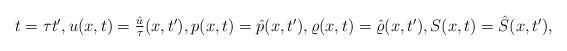
LaTeX: \begin{align*}\begin{array}{lll}t=\tau t^{\prime},u(x,t) = \frac{\hat{u}}{\tau}(x,t^{\prime}),p(x,t) = \hat{p}(x,t^{\prime}),\varrho(x,t) = \hat{\varrho}(x,t^{\prime}),S(x,t) = \hat{S}(x,t^{\prime}),\end{array}\end{align*}